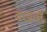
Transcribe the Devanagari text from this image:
बछवों